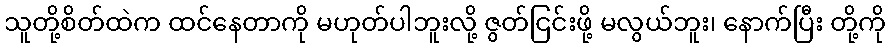
သူတို့စိတ်ထဲက ထင်နေတာကို မဟုတ်ပါဘူးလို့ ဇွတ်ငြင်းဖို့ မလွယ်ဘူး၊ နောက်ပြီး တို့ကို